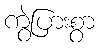
ကွဲပြားစွာ